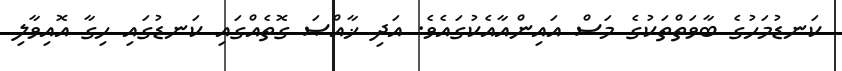
ކަނޑުމަހުގެ ބާވަތްތަކުގެ މަސް އައިންއާއެކުގައެވެ. އަދި ޚާއްޞަ ގޮތެއްގައި ކަނޑުގައި ހިގާ އޮއިވާލި